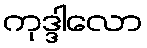
ကုဒ္ဒါလော